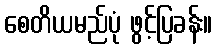
စေတိယမည်ပုံ ဖွင့်ပြခန်း။